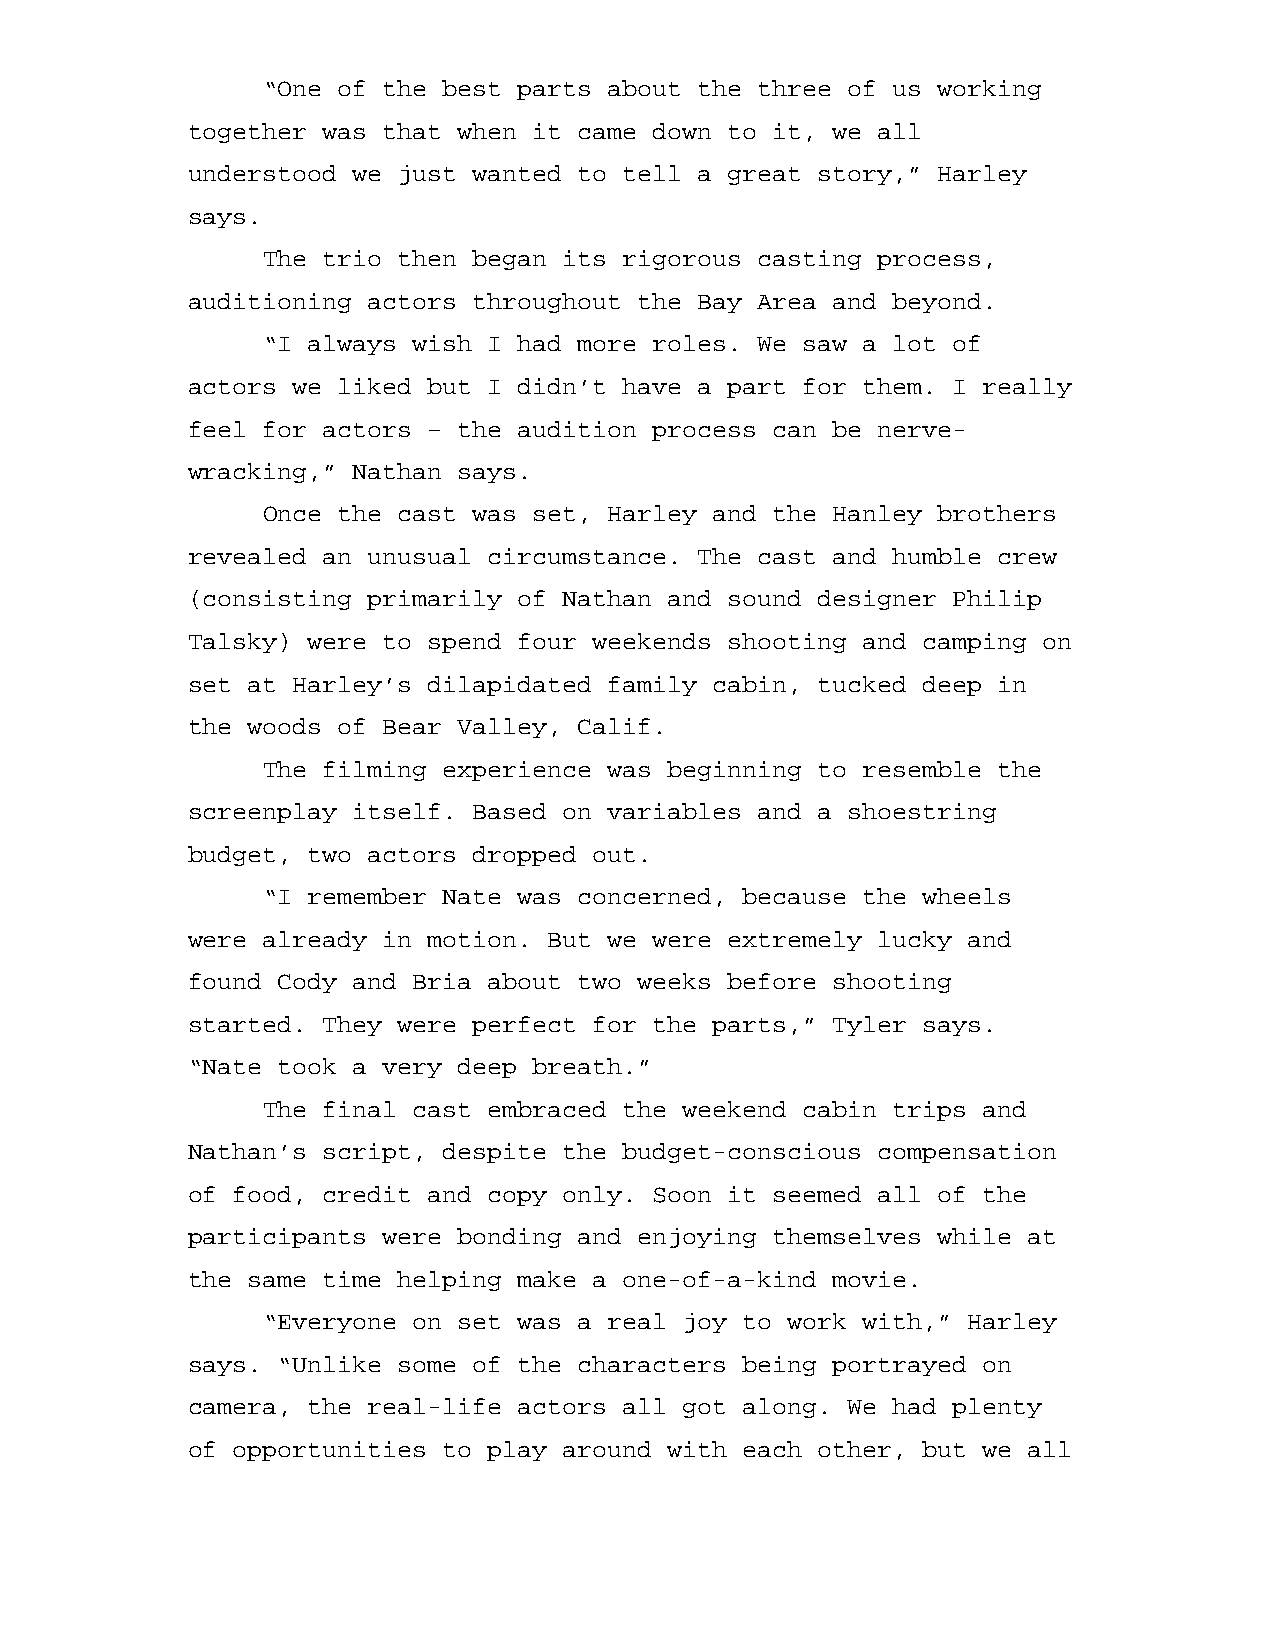
“One of the best parts about the three of us working
 together was that when it came down to it, we all
 understood we just wanted to tell a great story,” Harley
 says.
 The trio then began its rigorous casting process,
 auditioning actors throughout the Bay Area and beyond.
 “I always wish I had more roles. We saw a lot of
 actors we liked but I didn’t have a part for them. I really
 feel for actors – the audition process can be nerve-
 wracking,” Nathan says.
 Once the cast was set, Harley and the Hanley brothers
 revealed an unusual circumstance. The cast and humble crew
 (consisting primarily of Nathan and sound designer Philip
 Talsky) were to spend four weekends shooting and camping on
 set at Harley’s dilapidated family cabin, tucked deep in
 the woods of Bear Valley, Calif.
 The filming experience was beginning to resemble the
 screenplay itself. Based on variables and a shoestring
 budget, two actors dropped out.
 “I remember Nate was concerned, because the wheels
 were already in motion. But we were extremely lucky and
 found Cody and Bria about two weeks before shooting
 started. They were perfect for the parts,” Tyler says.
 “Nate took a very deep breath.”
 The final cast embraced the weekend cabin trips and
 Nathan’s script, despite the budget-conscious compensation
 of food, credit and copy only. Soon it seemed all of the
 participants were bonding and enjoying themselves while at
 the same time helping make a one-of-a-kind movie.
 “Everyone on set was a real joy to work with,” Harley
 says. “Unlike some of the characters being portrayed on
 camera, the real-life actors all got along. We had plenty
 of opportunities to play around with each other, but we all